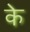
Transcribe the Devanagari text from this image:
के